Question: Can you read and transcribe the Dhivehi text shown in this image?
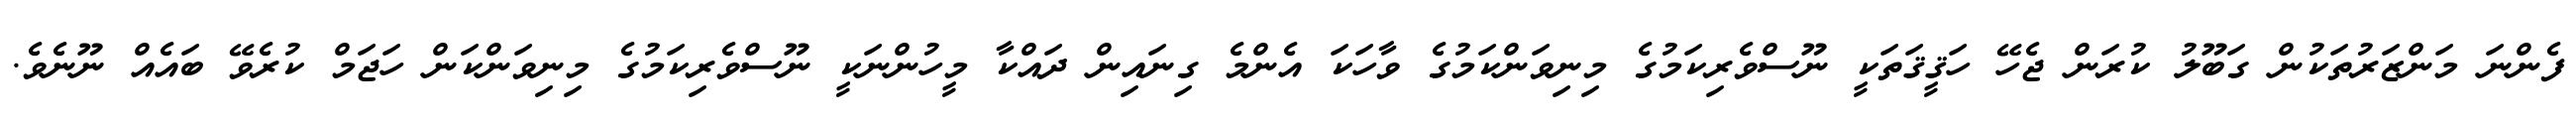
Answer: ފެންނަ މަންޒަރުތަކުން ގަބޫލު ކުރަން ޖެހޭ ހަޤީޤަތަކީ ނޫސްވެރިކަމުގެ މިނިވަންކަމުގެ ވާހަކަ އެންމެ ގިނައިން ދައްކާ މީހުންނަކީ ނޫސްވެރިކަމުގެ މިނިވަންކަން ހަޖަމް ކުރެވޭ ބައެއް ނޫނެވެ.